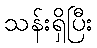
သန်းရှိပြီး